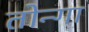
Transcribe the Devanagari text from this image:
तोन्गा